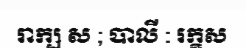
រាក្ឞ ស ; បាលី : រក្ខស